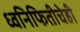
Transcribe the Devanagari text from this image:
ध्वनिफितीचेही